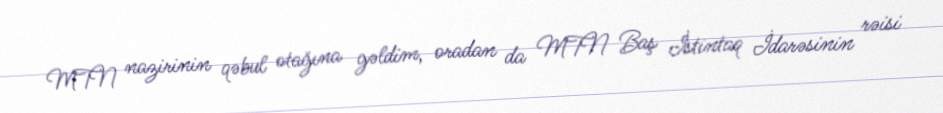
MTN nazirinin qəbul otağına gəldim, oradan da MTN Baş İstintaq İdarəsinin rəisi